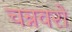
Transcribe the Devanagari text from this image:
चन्नवरो